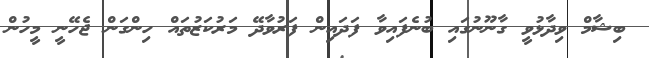
ބިޝާމް ވިދާޅުވީ ގާނޫނުގައި ބުނެފައިވާ ފަދައިން ފަރުވާދޭ މަރުކަޒުތައް ހިންގަން ޖެހޭނީ މީހުން